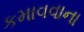
કમાવવાના